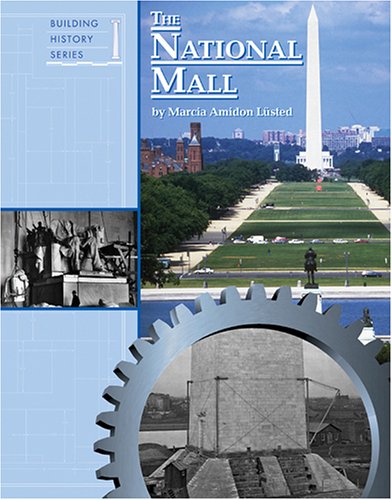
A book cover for Building History - The National Mall; Marcia Amidon Lusted; Teen & Young Adult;